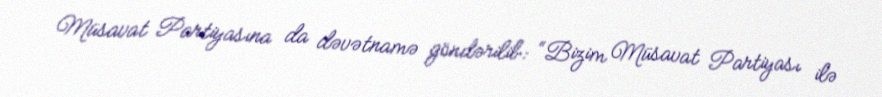
Müsavat Partiyasına da dəvətnamə göndərilib: “Bizim Müsavat Partiyası ilə